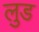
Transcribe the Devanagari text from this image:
लुड